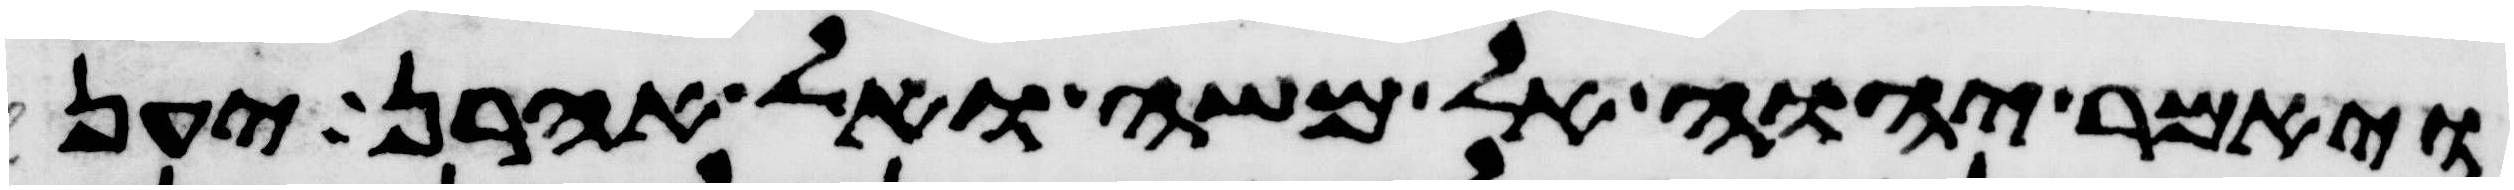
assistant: ויאמר יהוה אל משה ואל אהרן יען